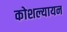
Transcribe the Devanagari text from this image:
कोशल्यायन